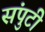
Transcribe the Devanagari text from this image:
संपुटी